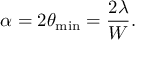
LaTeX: \alpha = 2 \theta _ { \mathrm { m i n } } = { \frac { 2 \lambda } { W } } .